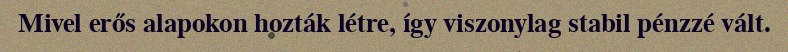
Mivel erős alapokon hozták létre, így viszonylag stabil pénzzé vált.